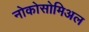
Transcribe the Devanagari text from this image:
नोकोसोमिअल